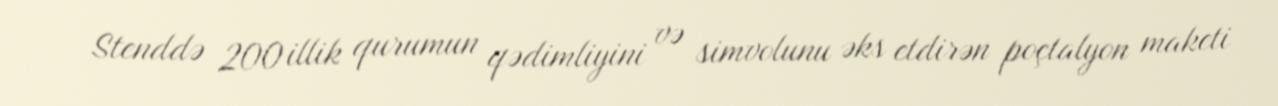
Stenddə 200 illik qurumun qədimliyini və simvolunu əks etdirən poçtalyon maketi